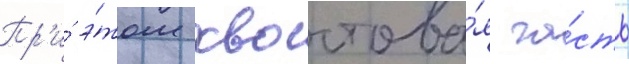
Пр'и́ э́том хвостова́я ча́сть